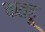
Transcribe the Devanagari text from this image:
कतहूं